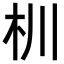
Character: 杊